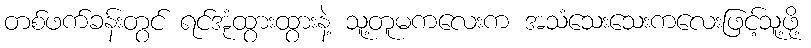
တစ်ဖက်ခန်းတွင် ရင်အုံထွားထွားနဲ့ သူ့တူမကလေးက အသံသေးသေးကလေးဖြင့်သူ့ဖို့